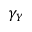
\gamma _ { Y }